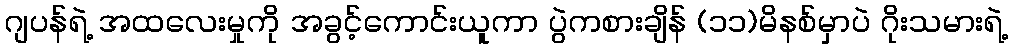
ဂျပန်ရဲ့ အထလေးမှုကို အခွင့်ကောင်းယူကာ ပွဲကစားချိန် (၁၁)မိနစ်မှာပဲ ဂိုးသမားရဲ့